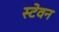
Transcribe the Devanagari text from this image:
स्टेवन